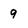
Character: 9